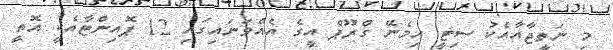
މި ނަތީޖާއާއެކު ސިޓީ ހިމެނޭ ގްރޫޕް އީގެ އެއްވަނައިގައި 12 ޕޮއިންޓާއެކީ އޮތީ